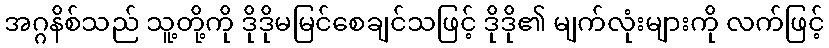
အဂ္ဂနိစ်သည် သူ့တို့ကို ဒိုဒိုမမြင်စေချင်သဖြင့် ဒိုဒို၏ မျက်လုံးများကို လက်ဖြင့်